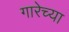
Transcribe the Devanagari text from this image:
गारेच्या